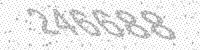
Solution: 246688